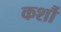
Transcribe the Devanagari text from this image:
कर्शौ